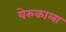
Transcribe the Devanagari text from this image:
येरुकाला